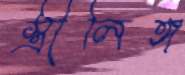
স্ত্রীলিঙ্গ